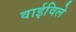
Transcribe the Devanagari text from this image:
वाईविले